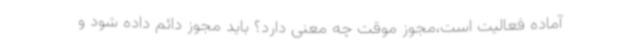
آماده فعالیت است،مجوز موقت چه معنی دارد؟ باید مجوز دائم داده شود و